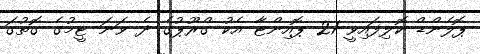
ޕޮލެންޑް ކޮލިފައިވީ 21 ޕޮއިންޓާ އެކު ގްރޫޕުގެ ދެ ވަނަ ޓީމުގެ ގޮތުގަ